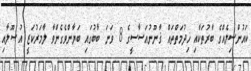
ކައުންސިލެއްގެ ބާރުތަކާއި ޚިދުމަތްތައް ޤާނޫނުއަސާސީގެ 8 ވަނަ ބާބުގައި ބަޔާންވެގެންވާ ލާމަރުކަޒީ އުޞޫލާއި